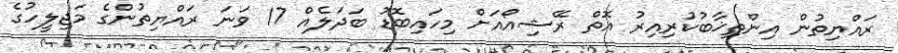
ރައްޔިތުން އިންތިޚާބުކުރިއިރު އޮތް ރޭޝިއޯއަށް މިހައިބޮޑު ބަދަލެއް 17 ވަނަ ރައްޔިތުންގެ މަޖިލީހުގެ